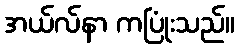
အယ်လ်နာ ကပြုံးသည်။